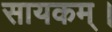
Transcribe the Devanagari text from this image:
सायकम्।